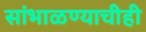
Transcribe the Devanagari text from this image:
सांभाळण्याचीही